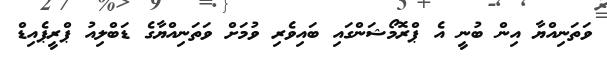
ވަތަނިއްޔާ އިން ބުނީ އެ ޕްރޮމޯޝަންގައި ބައިވެރި ވުމަށް ވަތަނިއްޔާގެ ޑަބްލިއު ޕްރީޕެއިޑް